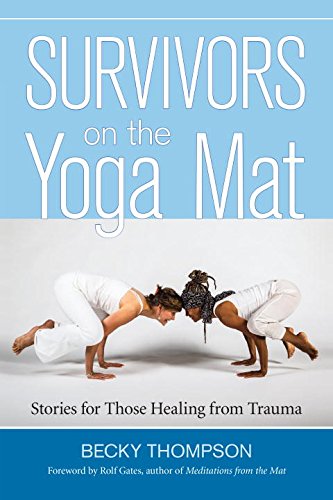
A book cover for Survivors on the Yoga Mat: Stories for Those Healing from Trauma; Becky Thompson; Self-Help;